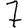
Digit: 7